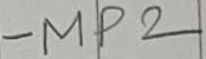
Text: MP2